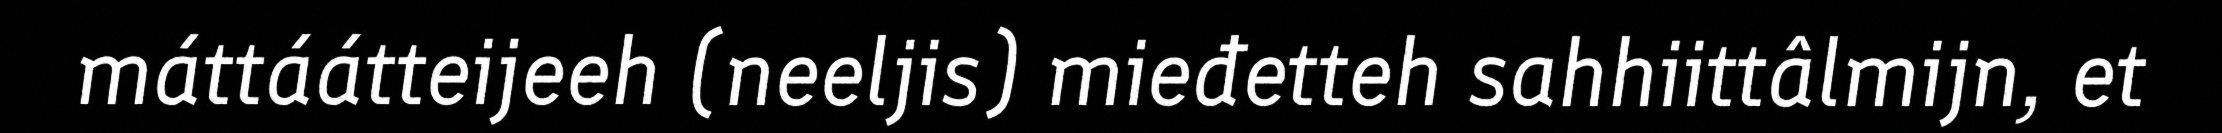
máttáátteijeeh (neeljis) mieđetteh sahhiittâlmijn, et